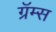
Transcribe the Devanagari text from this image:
ग्रॅम्स